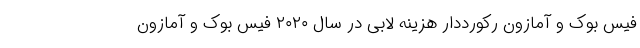
فیس بوک و آمازون رکورددار هزینه لابی در سال ۲۰۲۰ فیس بوک و آمازون